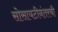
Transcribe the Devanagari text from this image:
सोसायटीनंतरची